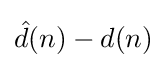
{\hat {d}}(n)-d(n)